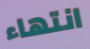
انتهاء